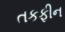
તકફીન